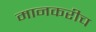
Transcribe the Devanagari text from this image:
मानकरीच